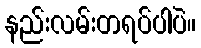
နည်းလမ်းတရပ်ပါပဲ။